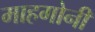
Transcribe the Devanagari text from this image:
माहगोनी